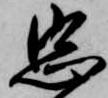
忠